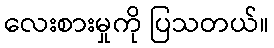
လေးစားမှုကို ပြသတယ်။